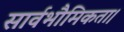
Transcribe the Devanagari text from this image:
सार्वभौमिकता।